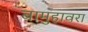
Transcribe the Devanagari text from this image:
बामुहावरा